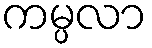
ကမ္ပလာ